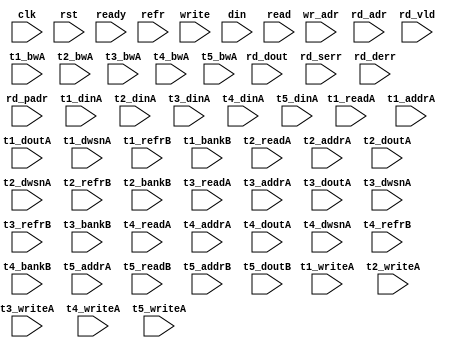
/*
 * Copyright (C) 2011 Memoir Systems Inc. These coded instructions, statements, and computer programs are
 * Confidential Proprietary Information of Memoir Systems Inc. and may not be disclosed to third parties
 * or copied in any form, in whole or in part, without the prior written consent of Memoir Systems Inc.
 *
 * */

module algo_2r1w_a70_sva_wrap
#(parameter IP_WIDTH = 32, parameter IP_BITWIDTH = 5, parameter IP_DECCBITS = 7, parameter IP_NUMADDR = 8192, parameter IP_BITADDR = 13, 
parameter IP_NUMVBNK = 4,	parameter IP_BITVBNK = 2, parameter IP_BITPBNK = 3,
parameter IP_ENAECC = 0, parameter IP_ENAPAR = 0, parameter IP_SECCBITS = 4, parameter IP_SECCDWIDTH = 3, 
parameter FLOPECC = 0, parameter FLOPIN = 0, parameter FLOPOUT = 0, parameter FLOPCMD = 0, parameter FLOPMEM = 0,
parameter IP_REFRESH = 1, parameter IP_REFFREQ = 6,  parameter IP_REFFRHF = 0,

parameter T1_WIDTH = 127, parameter T1_NUMVBNK = 4, parameter T1_BITVBNK = 2, parameter T1_DELAY = 2, parameter T1_NUMVROW = 16384, parameter T1_BITVROW = 14,
parameter T1_BITWSPF = 0, parameter T1_NUMWRDS = 1, parameter T1_BITWRDS = 1, parameter T1_NUMSROW = 16384, parameter T1_BITSROW = 14, parameter T1_PHYWDTH = 127,
parameter T1_FLOPIN = 0, parameter T1_FLOPOUT = 0, parameter T1_FLOPMEM = 0,
parameter T2_WIDTH = 127, parameter T2_NUMVBNK = 2, parameter T2_BITVBNK = 1, parameter T2_DELAY = 2, parameter T2_NUMVROW = 16384, parameter T2_BITVROW = 14, 
parameter T2_BITWSPF = 0, parameter T2_NUMWRDS = 1, parameter T2_BITWRDS = 1, parameter T2_NUMSROW = 16384, parameter T2_BITSROW = 14, parameter T2_PHYWDTH = 127,
parameter T2_FLOPIN = 0, parameter T2_FLOPOUT = 0, parameter T2_FLOPMEM = 0,
parameter T3_WIDTH = 43, parameter T3_NUMVBNK = 3, parameter T3_BITVBNK = 2, parameter T3_DELAY = 1, parameter T3_NUMVROW = 16384, parameter T3_BITVROW = 14,
parameter T3_BITWSPF = 0, parameter T3_NUMWRDS = 1, parameter T3_BITWRDS = 1, parameter T3_NUMSROW = 16384, parameter T3_BITSROW = 14, parameter T3_PHYWDTH = 43,

parameter T1_IP_WIDTH = 127, parameter T1_IP_BITWIDTH = 7, parameter T1_IP_NUMADDR = 16384, parameter T1_IP_BITADDR = 14, parameter T1_IP_NUMVBNK = 2, parameter T1_IP_BITVBNK = 1,
parameter T1_IP_SECCBITS = 4, parameter T1_IP_SECCDWIDTH = 2, parameter T1_IP_REFRESH = 1, parameter T1_IP_REFFREQ = 13, parameter T1_IP_BITPBNK = 2,
parameter T1_T1_WIDTH = 128, parameter T1_T1_NUMVBNK = 2, parameter T1_T1_BITVBNK = 1, parameter T1_T1_DELAY = 2, parameter T1_T1_NUMVROW = 8192, parameter T1_T1_BITVROW = 13,
parameter T1_T1_BITWSPF = 0, parameter T1_T1_NUMWRDS = 1, parameter T1_T1_BITWRDS = 1, parameter T1_T1_NUMSROW = 8192, parameter T1_T1_BITSROW = 13, parameter T1_T1_PHYWDTH = 128,
parameter T1_T1_NUMRBNK = 4, parameter T1_T1_BITRBNK = 2, parameter T1_T1_NUMRROW = 256, parameter T1_T1_BITRROW = 8, parameter T1_T1_NUMPROW = 8192, parameter T1_T1_BITPROW = 13,
parameter T1_T1_BITDWSN = 8, 
parameter T1_T1_NUMDWS0 = 0, parameter T1_T1_NUMDWS1 = 0, parameter T1_T1_NUMDWS2 = 0, parameter T1_T1_NUMDWS3 = 0,
parameter T1_T1_NUMDWS4 = 0, parameter T1_T1_NUMDWS5 = 0, parameter T1_T1_NUMDWS6 = 0, parameter T1_T1_NUMDWS7 = 0,
parameter T1_T1_NUMDWS8 = 0, parameter T1_T1_NUMDWS9 = 0, parameter T1_T1_NUMDWS10 = 0, parameter T1_T1_NUMDWS11 = 0,
parameter T1_T1_NUMDWS12 = 0, parameter T1_T1_NUMDWS13 = 0, parameter T1_T1_NUMDWS14 = 0, parameter T1_T1_NUMDWS15 = 0,
parameter T1_T2_WIDTH = 128, parameter T1_T2_NUMVBNK = 1, parameter T1_T2_BITVBNK = 1, parameter T1_T2_DELAY = 2, parameter T1_T2_NUMVROW = 8192, parameter T1_T2_BITVROW = 13,
parameter T1_T2_BITWSPF = 0, parameter T1_T2_NUMWRDS = 1, parameter T1_T2_BITWRDS = 1, parameter T1_T2_NUMSROW = 8192, parameter T1_T2_BITSROW = 13, parameter T1_T2_PHYWDTH = 128,
parameter T1_T2_NUMRBNK = 4, parameter T1_T2_BITRBNK = 2, parameter T1_T2_NUMRROW = 256, parameter T1_T2_BITRROW = 8, parameter T1_T2_NUMPROW = 8192, parameter T1_T2_BITPROW = 13,
//Not declaring DWSN for T1_T2

parameter T2_IP_WIDTH = 127, parameter T2_IP_BITWIDTH = 7, parameter T2_IP_NUMADDR = 16384, parameter T2_IP_BITADDR = 14, parameter T2_IP_NUMVBNK = 2, parameter T2_IP_BITVBNK = 1,
parameter T2_IP_SECCBITS = 4, parameter T2_IP_SECCDWIDTH = 2, parameter T2_IP_REFRESH = 1, parameter T2_IP_REFFREQ = 13, parameter T2_IP_BITPBNK = 2,
parameter T2_T1_WIDTH = 128, parameter T2_T1_NUMVBNK = 2, parameter T2_T1_BITVBNK = 1, parameter T2_T1_DELAY = 2, parameter T2_T1_NUMVROW = 8192, parameter T2_T1_BITVROW = 13,
parameter T2_T1_BITWSPF = 0, parameter T2_T1_NUMWRDS = 1, parameter T2_T1_BITWRDS = 1, parameter T2_T1_NUMSROW = 8192, parameter T2_T1_BITSROW = 13, parameter T2_T1_PHYWDTH = 128,
parameter T2_T1_NUMRBNK = 4, parameter T2_T1_BITRBNK = 2, parameter T2_T1_NUMRROW = 256, parameter T2_T1_BITRROW = 8, parameter T2_T1_NUMPROW = 8192, parameter T2_T1_BITPROW = 13,
//Not declaring DWSN for T2_T1
parameter T2_T2_WIDTH = 128, parameter T2_T2_NUMVBNK = 1, parameter T2_T2_BITVBNK = 1, parameter T2_T2_DELAY = 2, parameter T2_T2_NUMVROW = 8192, parameter T2_T2_BITVROW = 13,
parameter T2_T2_BITWSPF = 0, parameter T2_T2_NUMWRDS = 1, parameter T2_T2_BITWRDS = 1, parameter T2_T2_NUMSROW = 8192, parameter T2_T2_BITSROW = 13, parameter T2_T2_PHYWDTH = 128,
parameter T2_T2_NUMRBNK = 4, parameter T2_T2_BITRBNK = 2, parameter T2_T2_NUMRROW = 256, parameter T2_T2_BITRROW = 8, parameter T2_T2_NUMPROW = 8192, parameter T2_T2_BITPROW = 13)
//Not declaring DWSN for T2_T2

( clk,  rst,  ready,  refr,
  write,  	wr_adr,   din, 
  read,   	rd_adr,   	rd_dout,   	rd_vld,   	rd_serr,   	rd_derr,   	rd_padr,
  
  t1_readA,   t1_writeA,   t1_addrA,   t1_dinA,   t1_bwA,   t1_doutA, t1_dwsnA,
  t1_refrB,   t1_bankB,
  t2_readA,   t2_writeA,   t2_addrA,   t2_dinA,   t2_bwA,   t2_doutA, t2_dwsnA,
  t2_refrB,   t2_bankB, 
  t3_readA,   t3_writeA,   t3_addrA,   t3_dinA,   t3_bwA,   t3_doutA, t3_dwsnA,
  t3_refrB,   t3_bankB, 
  t4_readA,   t4_writeA,   t4_addrA,   t4_dinA,   t4_bwA,   t4_doutA, t4_dwsnA,
  t4_refrB,   t4_bankB,
  t5_writeA,  t5_addrA,    t5_dinA,    t5_bwA, 
  t5_readB,   t5_addrB,    t5_doutB);
  
  parameter NUMRDPT = 2;
  parameter NUMRWPT = 0;
  parameter NUMWRPT = 1;
  
  parameter T1_INST = T1_NUMVBNK*T1_T1_NUMVBNK;
  parameter T2_INST = T1_NUMVBNK*T1_T2_NUMVBNK;
  parameter T3_INST = T2_NUMVBNK*T2_T1_NUMVBNK;
  parameter T4_INST = T2_NUMVBNK*T2_T2_NUMVBNK;
  parameter T5_INST = T3_NUMVBNK;
  
  parameter WIDTH = IP_WIDTH;
  parameter BITWDTH = IP_BITWIDTH;
  parameter NUMADDR = IP_NUMADDR;
  parameter BITADDR = IP_BITADDR;
  parameter NUMVROW1 = T1_NUMVROW;  // ALGO1 Parameters
  parameter BITVROW1 = T1_BITVROW;
  parameter NUMVBNK1 = T1_NUMVBNK;
  parameter BITVBNK1 = T1_BITVBNK;
  parameter NUMPBNK1 = T1_NUMVBNK + 2;			
  parameter BITPBNK1 = IP_BITPBNK;
  parameter NUMVROW2 = T1_T1_NUMVROW;   // ALGO2 Parameters  
  parameter BITVROW2 = T1_T1_BITVROW;
  parameter NUMVBNK2 = T1_IP_NUMVBNK;
  parameter BITVBNK2 = T1_IP_BITVBNK;
  parameter BITPBNK2 = T1_IP_BITPBNK;
  parameter NUMWRDS2 = T1_T1_NUMWRDS;     // ALIGN Parameters
  parameter BITWRDS2 = T1_T1_BITWRDS;
  parameter NUMSROW2 = T1_T1_NUMSROW;
  parameter BITSROW2 = T1_T1_BITSROW;
  parameter REFRESH = T1_IP_REFRESH;      // REFRESH Parameters 
  parameter NUMRBNK = T1_T1_NUMRBNK;
  parameter BITWSPF = T1_T1_BITWSPF;
  parameter BITRBNK = T1_T1_BITRBNK;
  parameter NUMRROW = T1_T1_NUMRROW;
  parameter BITRROW = T1_T1_BITRROW;
  parameter REFFREQ = IP_REFFREQ;
  parameter REFFRHF = IP_REFFRHF;
  parameter PARITY = 1;       // PARITY Parameters
  parameter ECCBITS = IP_SECCBITS;
  parameter SRAM_DELAY = T3_DELAY;
  parameter DRAM_DELAY = T1_T1_DELAY;
  
  parameter BITDWSN = T1_T1_BITDWSN;		//DWSN Parameters
  parameter NUMDWS0 = T1_T1_NUMDWS0;
  parameter NUMDWS1 = T1_T1_NUMDWS1;
  parameter NUMDWS2 = T1_T1_NUMDWS2;
  parameter NUMDWS3 = T1_T1_NUMDWS3;
  parameter NUMDWS4 = T1_T1_NUMDWS4;
  parameter NUMDWS5 = T1_T1_NUMDWS5;
  parameter NUMDWS6 = T1_T1_NUMDWS6;
  parameter NUMDWS7 = T1_T1_NUMDWS7;
  parameter NUMDWS8 = T1_T1_NUMDWS8;
  parameter NUMDWS9 = T1_T1_NUMDWS9;
  parameter NUMDWS10 = T1_T1_NUMDWS10;
  parameter NUMDWS11 = T1_T1_NUMDWS11;
  parameter NUMDWS12 = T1_T1_NUMDWS12;
  parameter NUMDWS13 = T1_T1_NUMDWS13;
  parameter NUMDWS14 = T1_T1_NUMDWS14;
  parameter NUMDWS15 = T1_T1_NUMDWS15;

  parameter MEMWDTH = WIDTH+PARITY;
  parameter PHYWDTH = NUMWRDS2*MEMWDTH;
  parameter BITPADR2 = BITPBNK2+BITSROW2+BITWRDS2+1;
  parameter BITPADR1 = BITPBNK1+BITPADR2+1;

  parameter BITMAPT = BITPBNK1*NUMPBNK1;
  parameter SDOUT_WIDTH = 2*BITMAPT+ECCBITS;

 
input clk; input rst; input refr;
input ready; 

input  [NUMWRPT - 1:0]				write; 
input  [NUMWRPT* BITADDR - 1:0] 	wr_adr; 
input  [NUMWRPT* WIDTH - 1:0]		din;

input  [NUMRDPT - 1:0] 				read; 
input  [NUMRDPT* BITADDR - 1:0] 	rd_adr; 
input [NUMRDPT* WIDTH - 1:0] 		rd_dout; 
input [NUMRDPT - 1:0] 				rd_vld; 
input [NUMRDPT - 1:0] 				rd_serr; 
input [NUMRDPT - 1:0] 				rd_derr; 
input [NUMRDPT* BITPADR1 - 1:0] 	rd_padr;

input [T1_INST - 1:0] 			t1_readA; 
input [T1_INST- 1:0] 			t1_writeA; 
input [T1_INST*BITSROW2 - 1:0] t1_addrA; 
input [T1_INST*PHYWDTH - 1:0] 	t1_dinA;
input [T1_INST*PHYWDTH - 1:0] 	t1_bwA; 
input  [T1_INST*PHYWDTH - 1:0] 	t1_doutA;
input [T1_INST*BITDWSN - 1:0]  t1_dwsnA;

input [T1_INST - 1:0] 			t1_refrB; 
input [T1_INST*BITRBNK - 1:0] 	t1_bankB;

input [T2_INST - 1:0] t2_readA; 
input [T2_INST - 1:0] t2_writeA; 
input [T2_INST*BITSROW2 - 1:0] t2_addrA; 
input [T2_INST*PHYWDTH - 1:0] t2_dinA; 
input [T2_INST*PHYWDTH - 1:0] t2_bwA; 
input  [T2_INST*PHYWDTH - 1:0] t2_doutA;
input [T2_INST*BITDWSN - 1:0] t2_dwsnA;

input [T2_INST - 1:0] t2_refrB; 
input [T2_INST*BITRBNK - 1:0] t2_bankB; 

input [T3_INST - 1:0] t3_readA;  
input [T3_INST - 1:0] t3_writeA; 
input [T3_INST*BITSROW2 - 1:0] t3_addrA; 
input [T3_INST*PHYWDTH - 1:0] t3_dinA; 
input [T3_INST*PHYWDTH - 1:0] t3_bwA; 
input  [T3_INST*PHYWDTH - 1:0] t3_doutA;
input [T3_INST*BITDWSN - 1:0] t3_dwsnA;

input [T3_INST - 1:0] t3_refrB; 
input [T3_INST*BITRBNK - 1:0] t3_bankB; 

input [T4_INST - 1:0] t4_readA; 
input [T4_INST - 1:0] t4_writeA; 
input [T4_INST*BITSROW2 - 1:0] t4_addrA; 
input [T4_INST*PHYWDTH - 1:0] t4_dinA; 
input [T4_INST*PHYWDTH - 1:0] t4_bwA; 
input  [T4_INST*PHYWDTH - 1:0] t4_doutA;
input [T4_INST*BITDWSN - 1:0] t4_dwsnA;

input [T4_INST - 1:0] t4_refrB; 
input [T4_INST*BITRBNK - 1:0] t4_bankB;

input [T5_INST - 1:0] t5_writeA; 
input [T5_INST*BITVROW1 - 1:0] t5_addrA; 
input [T5_INST*SDOUT_WIDTH - 1:0] t5_dinA; 
input [T5_INST*SDOUT_WIDTH - 1:0] t5_bwA;

input [T5_INST - 1:0] t5_readB; 
input [T5_INST*BITVROW1 - 1:0] t5_addrB; 
input  [T5_INST*SDOUT_WIDTH - 1:0] t5_doutB;

endmodule